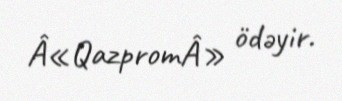
Â«QazpromÂ» ödəyir.